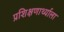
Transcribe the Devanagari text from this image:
प्रशिक्षणार्थ्याला